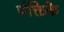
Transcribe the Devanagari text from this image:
पंक्तिके